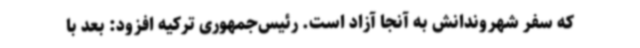
که سفر شهروندانش به آنجا آزاد است. رئیس‌جمهوری ترکیه افزود: بعد با